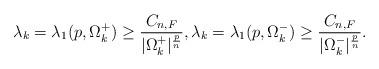
LaTeX: \begin{align*}\lambda_{k}= \lambda_{1}(p,\Omega^{+}_{k})\ge\frac{C_{n,F}}{|\Omega^{+}_{k}|^{\frac pn}},\lambda_{k}= \lambda_{1}(p,\Omega^{-}_{k})\ge\frac{C_{n,F}}{|\Omega^{-}_{k}|^{\frac pn}}. \end{align*}